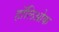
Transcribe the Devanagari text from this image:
हॉलिओक